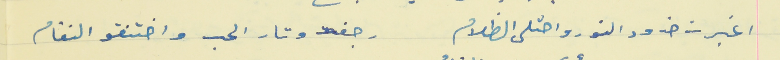
اغبرت خدود النور واحتلى الظلام                                 رجفت وتار الحب واختنقو النغام